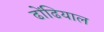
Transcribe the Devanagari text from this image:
ढोंढियाल